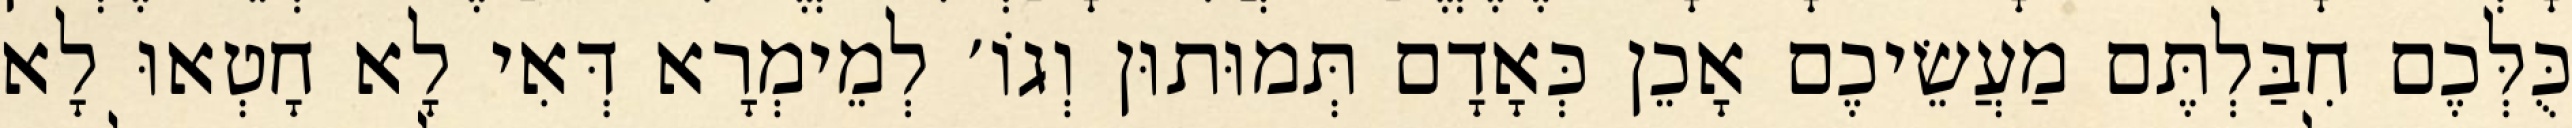
כֻּלְּכֶם חִבַּלְתֶּם מַעֲשֵׂיכֶם אָכֵן כְּאָדָם תְּמוּתוּן וְגוֹ׳ לְמֵימְרָא דְּאִי לָא חָטְאוּ לָא